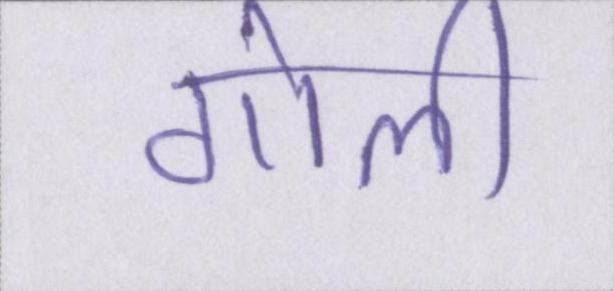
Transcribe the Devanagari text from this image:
गोली